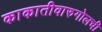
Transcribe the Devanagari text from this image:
काकातीवारुगोलची